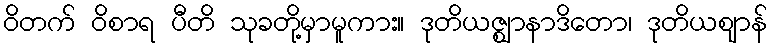
ဝိတက် ဝိစာရ ပီတိ သုခတို့မှာမူကား။ ဒုတိယဇ္ဈာနာဒိတော၊ ဒုတိယဈာန်